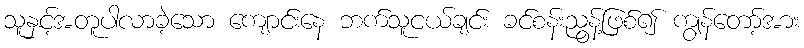
သူနှင့်အတူပါလာခဲ့သော ကျောင်းနေ ဘက်သူငယ်ချင်း ခင်စန်းညွန့်ဖြစ်၍ ကျွန်တော့်အား